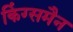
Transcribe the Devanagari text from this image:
किंग्समैन